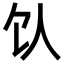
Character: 𬲦